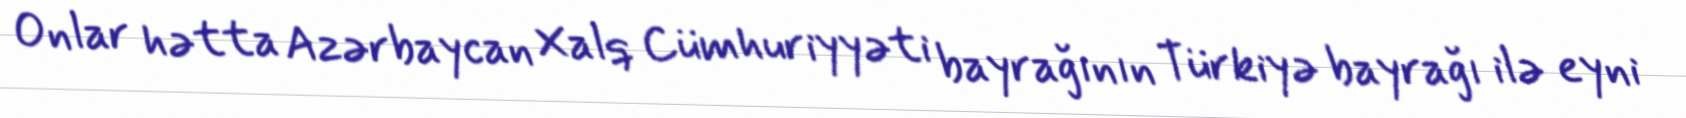
Onlar hətta Azərbaycan Xalq Cümhuriyyəti bayrağının Türkiyə bayrağı ilə eyni